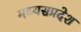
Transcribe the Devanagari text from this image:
मध्यसप्रदेश